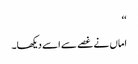
‘‘
اماں نے غصے سے اسے دیکھا۔